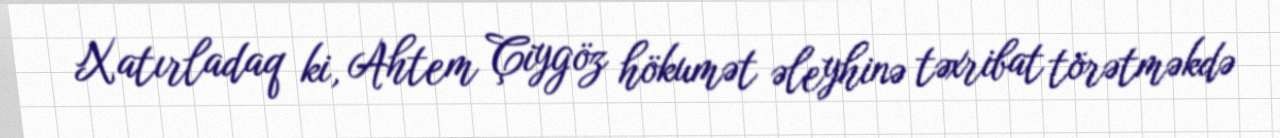
Xatırladaq ki, Ahtem Çiygöz hökumət əleyhinə təxribat törətməkdə